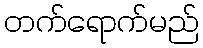
တက်ရောက်မည်